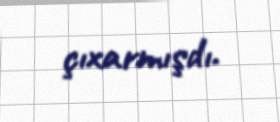
çıxarmışdı.